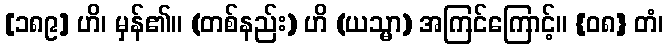
[၁၈၉] ဟိ၊ မှန်၏။ (တစ်နည်း) ဟိ (ယသ္မာ) အကြင်ကြောင့်။ {၀၈} တံ၊